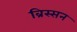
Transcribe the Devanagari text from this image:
ब्रिस्सन